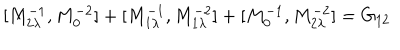
LaTeX: [ M _ { 2 \lambda } ^ { - 1 } , M _ { 0 } ^ { - 2 } ] + [ M _ { 1 \lambda } ^ { - 1 } , M _ { 1 \lambda } ^ { - 2 } ] + [ M _ { 0 } ^ { - 1 } , M _ { 2 \lambda } ^ { - 2 } ] = G _ { 1 2 }